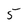
Character: 5